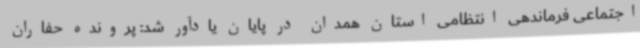
اجتماعی فرماندهی انتظامی استان همدان در پایان یادآور شد: پرونده حفاران